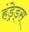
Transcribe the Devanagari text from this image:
हंड्रेड्स